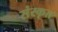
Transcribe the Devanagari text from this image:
संस्‍कृत